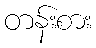
တန်းစား